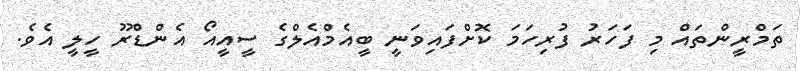
ތަމްރީންތައް މި ފަހަރު ފުރިހަމަ ކޮށްފައިވަނީ ބީއެމްއެލްގެ ސީއީއޯ އެންޑްރޫ ހީލީ އެވެ.